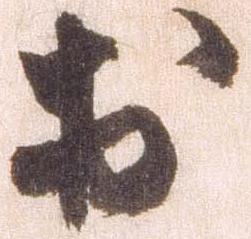
於